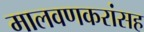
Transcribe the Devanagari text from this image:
मालवणकरांसह